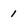
Character: 1